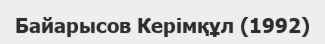
Байарысов Керімқұл (1992)